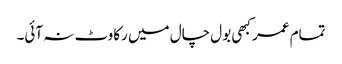
تمام عمر کبھی بول چال میں رکاوٹ نہ آئی۔